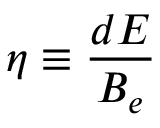
\eta \equiv \frac { d E } { B _ { e } }